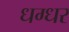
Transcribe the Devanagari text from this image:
धग्धर